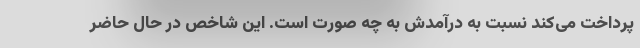
پرداخت می‌کند نسبت به درآمدش به چه صورت است. این شاخص در حال حاضر